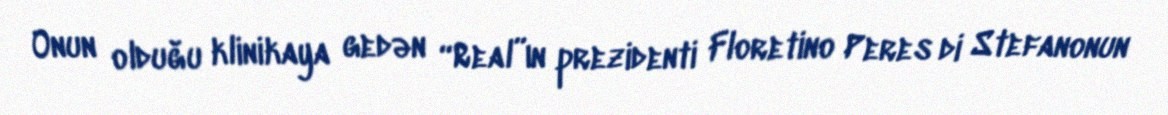
Onun olduğu klinikaya gedən “Real”ın prezidenti Floretino Peres di Stefanonun